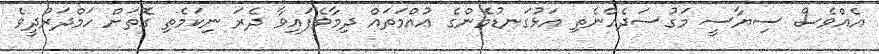
އެއްވެސް ސިޔާސީ މަގުސަދެއްނެތި އަޅުގަނޑުމެންގެ އުއްމަތައް ދިމާވެފައިވާ ދެރަ ނިކަމެތި ގޮތަށް ހަމްދަރުދީވެ